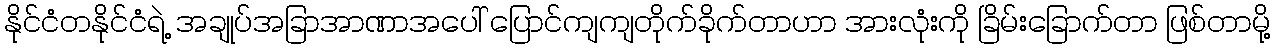
နိုင်ငံတနိုင်ငံရဲ့ အချုပ်အခြာအာဏာအပေါ် ပြောင်ကျကျတိုက်ခိုက်တာဟာ အားလုံးကို ခြိမ်းခြောက်တာ ဖြစ်တာမို့